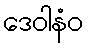
ဒေဝါနံဝ